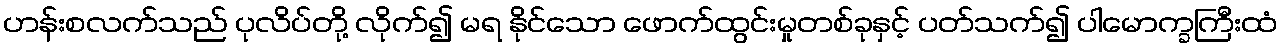
ဟန်းစလက်သည် ပုလိပ်တို့ လိုက်၍ မရ နိုင်သော ဖောက်ထွင်းမှုတစ်ခုနှင့် ပတ်သက်၍ ပါမောက္ခကြီးထံ